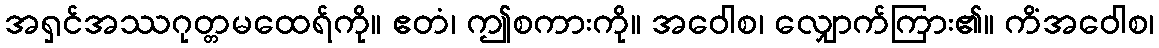
အရှင်အဿဂုတ္တမထေရ်ကို။ ဧတံ၊ ဤစကားကို။ အဝေါစ၊ လျှောက်ကြား၏။ ကိံအဝေါစ၊